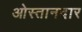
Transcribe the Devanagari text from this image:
ओस्तानदार